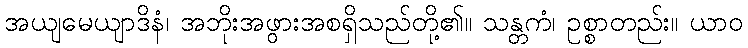
အယျမေယျာဒိနံ၊ အဘိုးအဖွားအစရှိသည်တို့၏။ သန္တကံ၊ ဥစ္စာတည်း။ ယာဝ